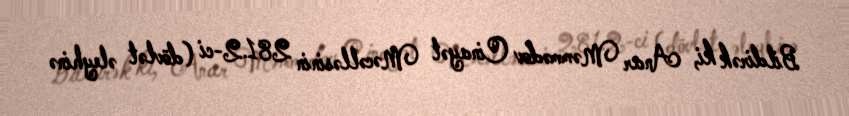
Bildirək ki, Anar Məmmədov Cinayət Məcəlləsinin 281.2-ci (dövlət əleyhinə